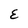
Character: E